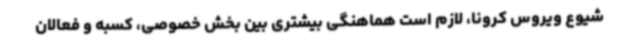
شیوع ویروس کرونا، لازم است هماهنگی بیشتری بین بخش خصوصی، کسبه و فعالان